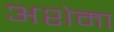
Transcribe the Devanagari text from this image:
अशेमा